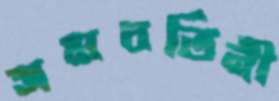
সমবর্তিনী